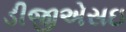
ડીજીએસઇ